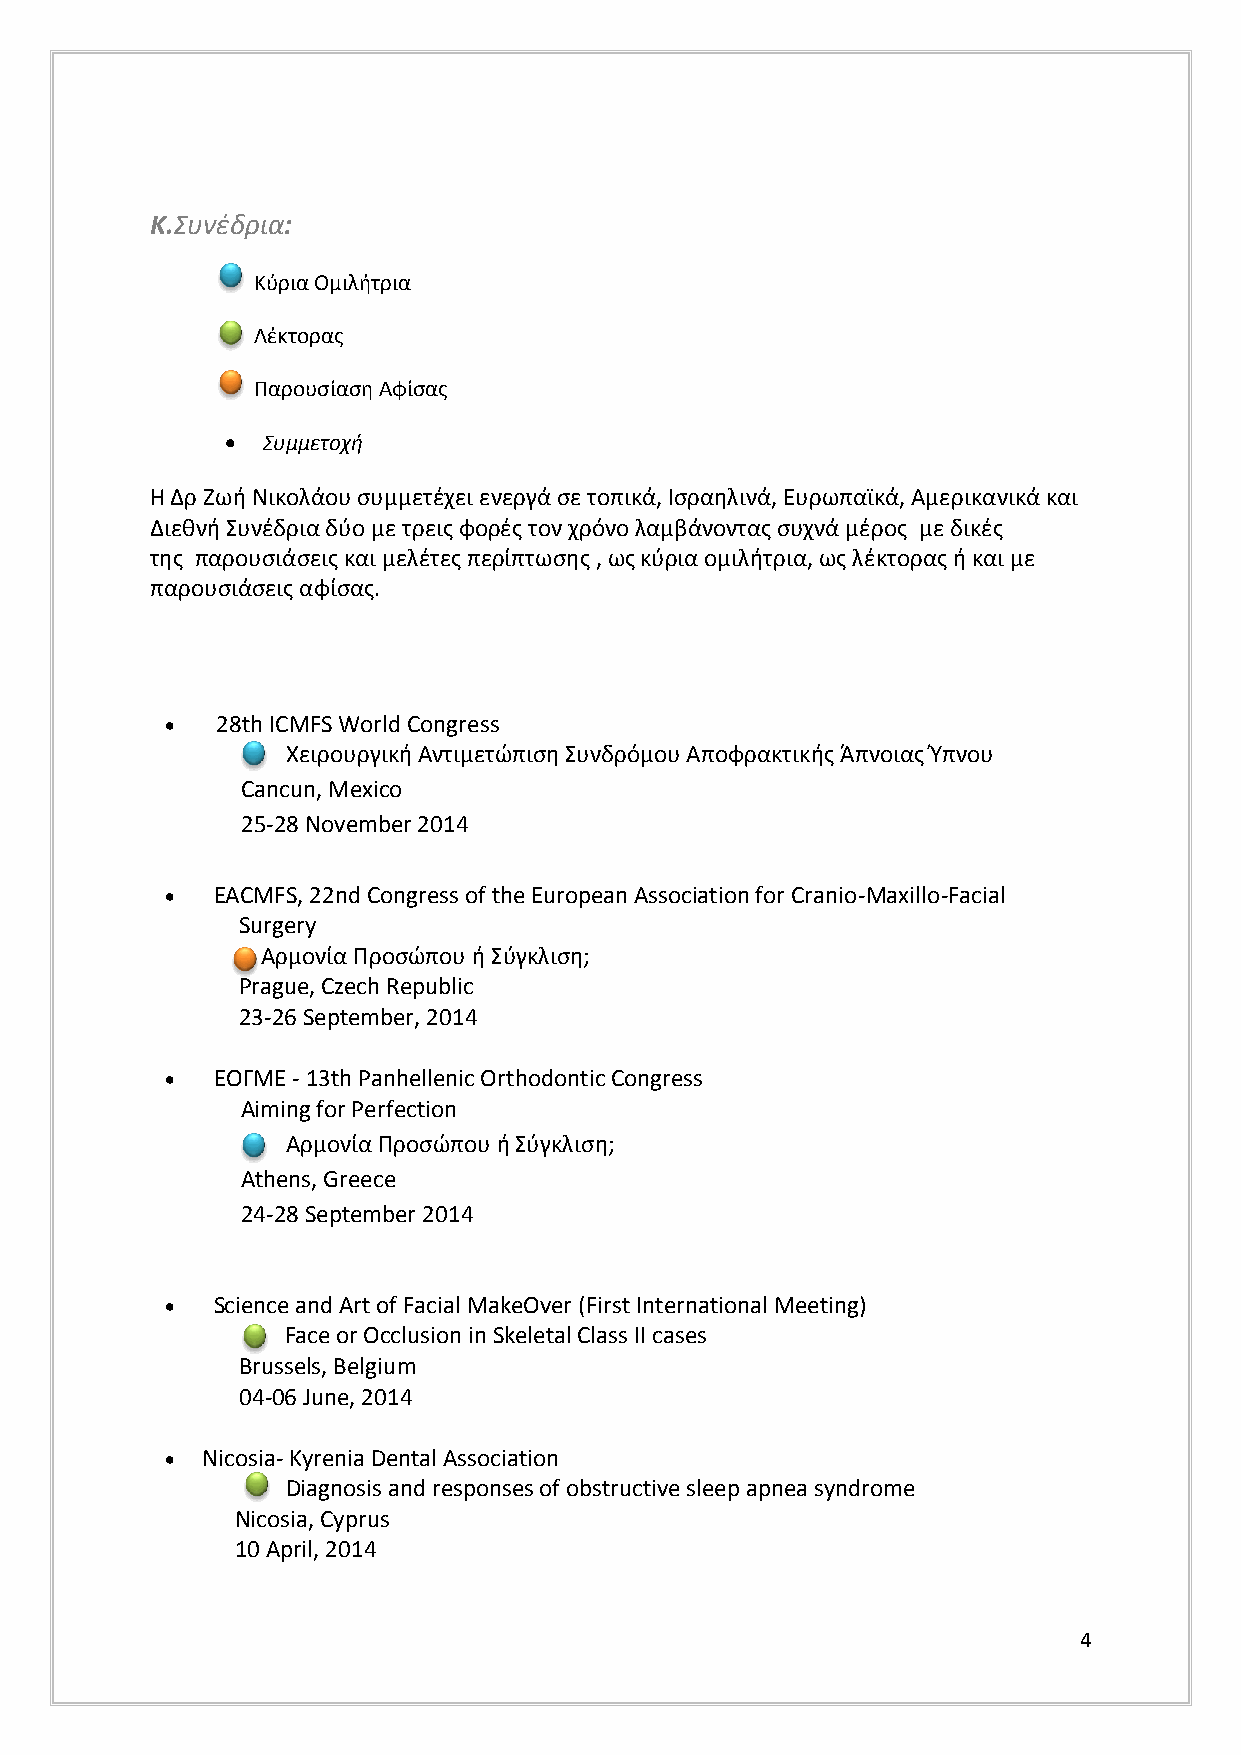
Κ.Συνέδρια:
 C Κύρια Ομιλήτρια
 v
 Λέκτορας
 v
 v
 v
 c Παρουσίαση Αφίσας
 c
 c
 v
  c Συμμετοχή
 c
 Η Δρ Ζωήc Νικολάου συμμετέχει ενεργά σε τοπικά, Ισραηλινά, Ευρωπαϊκά, Αμερικανικά και
 Διεθνή Συνέδρια δύο με τρεις φορές τον χρόνο λαμβάνοντας συχνά μέρος με δικές
 της παρουσιάσεις και μελέτες περίπτωσης , ως κύρια ομιλήτρια, ως λέκτορας ή και με
 παρουσιάσεις αφίσας.
   28th ICMFS World Congress
 Χειρουργική Αντιμετώπιση Συνδρόμου Αποφρακτικής Άπνοιας Ύπνου
 C
 Cancun, Mexico
 25-28 November 2014
 v
 v
   EACMcFS, 22nd Congress of the European Association for Cranio-Maxillo-Facial
 Sucr gery
 Αρμονία Προσώπου ή Σύγκλιση;
 Prague, Czech Republic
 23-26 September, 2014
   ΕΟΓΜΕ - 13th Panhellenic Orthodontic Congress
 Aiming for Perfection
 Αρμονία Προσώπου ή Σύγκλιση;
 C
 Athens, Greece
 v
 24-28 September 2014
 v
 c
 c
   Science and Art of Facial MakeOver (First International Meeting)
 Face or Occlusion in Skeletal Class II cases
 v
 Brussels, Belgium
 v
 04-06 June, 2014
 c
 c
  Nicosia- Kyrenia Dental Association
 Diagnosis and responses of obstructive sleep apnea syndrome
 v
 Nicosia, Cyprus
 v
 10 April, 2014
 c
 c
 4